Source: Handwritten
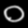
Digit: ၀ (0)